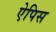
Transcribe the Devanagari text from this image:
ऐपिस